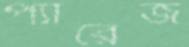
প্যারেজ